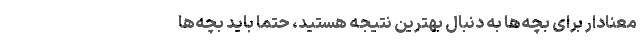
معنادار برای بچه‌ها به دنبال بهترین نتیجه هستید، حتماً باید بچه‌ها